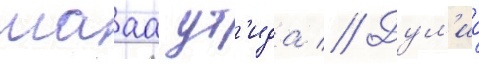
мааа ут'ида // Дул'ио